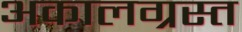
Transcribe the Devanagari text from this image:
अकालग्रस्त